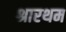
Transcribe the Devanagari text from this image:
श्रारथम